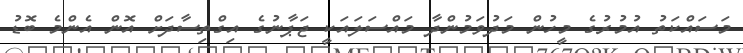
މަސައްކަތު އުމުރުގެ މީހުން މަދުވަމުންދާ މައްސަލައަކީ ޖަޕާނުގެ އިގްތިސާދަށް އޮން އެންމެ ބޮޑު